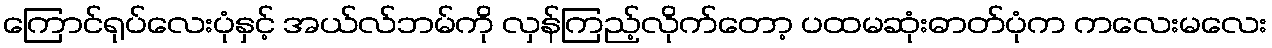
ကြောင်ရုပ်လေးပုံနှင့် အယ်လ်ဘမ်ကို လှန်ကြည့်လိုက်တော့ ပထမဆုံးဓာတ်ပုံက ကလေးမလေး